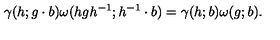
\gamma ( h ; g \cdot b ) \omega ( h g h ^ { - 1 } ; h ^ { - 1 } \cdot b ) = \gamma ( h ; b ) \omega ( g ; b ) .